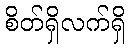
စိတ်ရှိလက်ရှိ